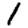
Digit: 1